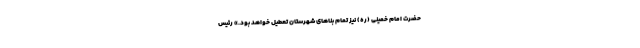
حضرت امام خمینی (ره) نیز تمام بناهای شهرستان تعطیل خواهد بود.» رئیس